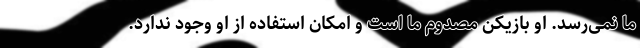
ما نمی‌رسد. او بازیکن مصدوم ما است و امکان استفاده از او وجود ندارد.